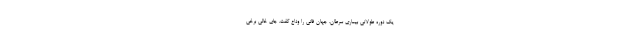
یک دوره طولانی بیماری سرطان، جهان فانی را وداع گفت. جای خالی برخی